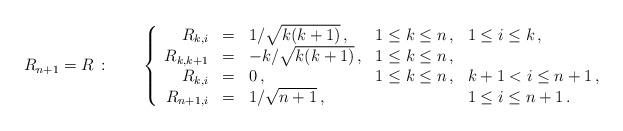
LaTeX: \begin{align*}R_{n+1}=R\,:\qquad\left\{\begin{array}{rclll} R_{k,i} &=& 1/\sqrt{k(k+1)}\,,& 1\leq k\leq n\,,& 1\leq i\leq k\,, \\ R_{k,k+1} &=& -k/\sqrt{k(k+1)}\,,& 1\leq k\leq n\,,& \\ R_{k,i} &=& 0\,,& 1\leq k\leq n\,,& k+1< i\leq n+1\,, \\ R_{n+1,i} &=& 1/\sqrt{n+1}\,,& & 1\leq i\leq n+1\,. \\\end{array}\right.\end{align*}